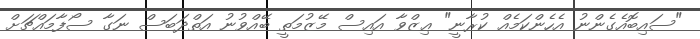
"ސައިބޮއެގެންނު އެހެންކަމެއް ކުރާނީ" ޢިޒްވާ އައިސް މޭޒުމަތީ ބޭއްވުނު އަތްދަބަސް ނަގާ ސޯފާމައްޗަށް